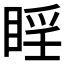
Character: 𪾮